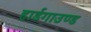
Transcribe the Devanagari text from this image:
हार्डगाउण्ड